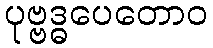
ပုဗ္ဗဒ္ဓပေတောဝ